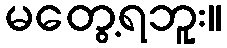
မတွေ့ရဘူး။